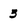
Character: 3